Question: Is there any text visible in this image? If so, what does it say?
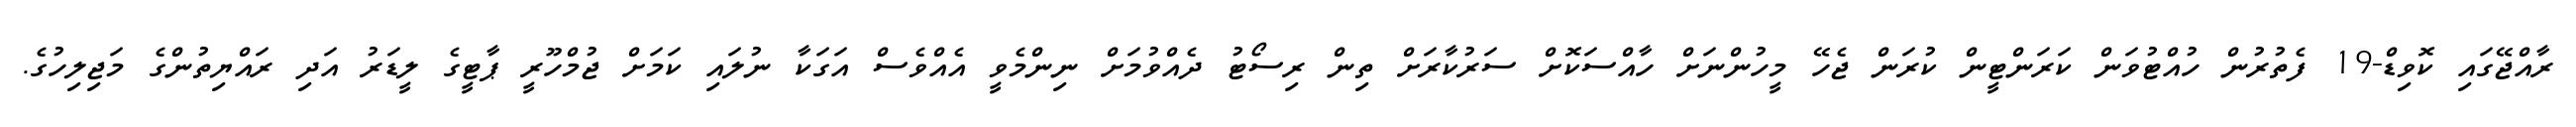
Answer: ރާއްޖޭގައި ކޮވިޑް-19 ފެތުރުން ހުއްޓުވަން ކަރަންޓީން ކުރަން ޖެހޭ މީހުންނަށް ހާއްސަކޮށް ސަރުކާރަށް ތިން ރިސޯޓު ދެއްވުމަށް ނިންމެވީ އެއްވެސް އަގަކާ ނުލައި ކަމަށް ޖުމްހޫރީ ޕާޓީގެ ލީޑަރު އަދި ރައްޔިތުންގެ މަޖިލިހުގެ.